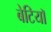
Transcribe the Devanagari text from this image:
बेटियाॅ